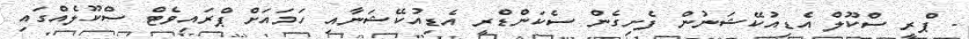
- ޕްރީ ސްކޫލް އެޑިއުކޭޝަނުން ފެށިގެން ސެކަންޑްރީ އެޑިއުކޭޝަނާއި ހަމައަށް ޕްރައިވެޓް ސްކޫލެއްގައި